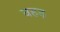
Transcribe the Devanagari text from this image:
वहड़